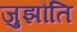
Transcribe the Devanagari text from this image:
जुझौति